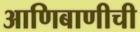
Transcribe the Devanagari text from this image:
आणिबाणीची